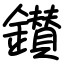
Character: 鑚